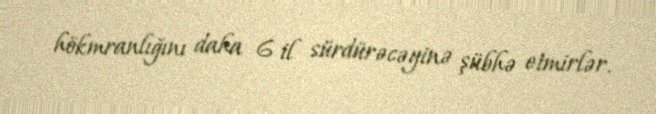
hökmranlığını daha 6 il sürdürəcəyinə şübhə etmirlər.